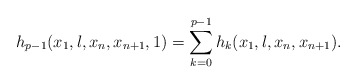
\begin{align*}h_{p-1}(x_1,\l,x_n,x_{n+1},1)=\sum_{k=0}^{p-1}h_k(x_1,\l,x_n,x_{n+1}).\end{align*}